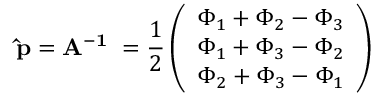
\mathbf { \hat { p } = A ^ { - 1 } \Phi } = \frac { 1 } { 2 } \left( \begin{array} { l } { \Phi _ { 1 } + \Phi _ { 2 } - \Phi _ { 3 } } \\ { \Phi _ { 1 } + \Phi _ { 3 } - \Phi _ { 2 } } \\ { \Phi _ { 2 } + \Phi _ { 3 } - \Phi _ { 1 } } \end{array} \right)